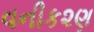
વનીક૨ણ